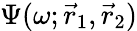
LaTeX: \Psi(\omega;\vec{r}_{1},\vec{r}_{2})